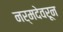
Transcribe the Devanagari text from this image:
नर्मदेवरून